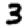
Digit: 3